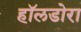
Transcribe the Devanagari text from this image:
हॉलडोरा